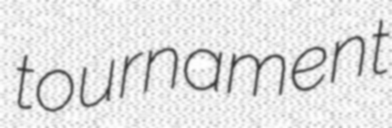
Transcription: tournament